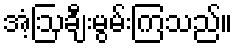
အံ့ဩချီးမွမ်းကြသည်။